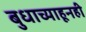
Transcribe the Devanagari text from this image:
बुधाच्याहूनही